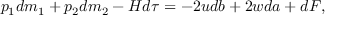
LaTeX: p _ { 1 } d m _ { 1 } + p _ { 2 } d m _ { 2 } - H d \tau = - 2 u d b + 2 w d a + d F ,